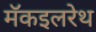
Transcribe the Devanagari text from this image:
मॅकइलरेथ